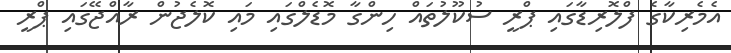
އެމެރިކާގެ ފްލޮރިޑާގައި ޕްރީ ސުކޫލުތައް ހިންގާ މޮޑެލްގައި މައި ކޮލެޖުން ރާއްޖޭގައި ޕްރީ